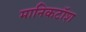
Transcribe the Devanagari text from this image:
मानिकटॉश